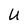
Character: U